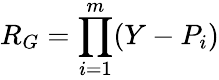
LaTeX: R_{G}=\prod_{i=1}^{m}(Y-P_{i})